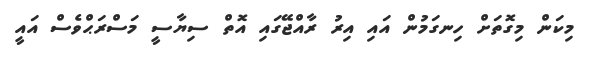
މިކަން މިގޮތަށް ހިނގަމުން އައި އިރު ރާއްޖޭގައި އޮތް ސިޔާސީ މަސްރަޙްވެސް އައީ